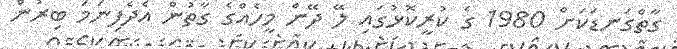
ގާތްގަނޑަކަށް 1980 ގެ ކުރީކޮޅުގައި ލޭ ދޭން މީހެއްގެ ގާތުން އެދެފިނަމަ ބިރުން